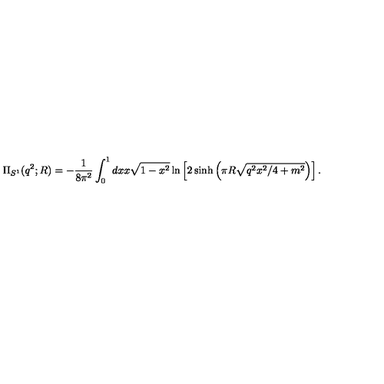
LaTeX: \Pi _ { S ^ { 1 } } ( q ^ { 2 } ; R ) = - { \frac { 1 } { 8 \pi ^ { 2 } } } \int _ { 0 } ^ { 1 } d x x \sqrt { 1 - x ^ { 2 } } \ln \left[ 2 \sinh \left( \pi R \sqrt { q ^ { 2 } x ^ { 2 } / 4 + m ^ { 2 } } \right) \right] .